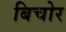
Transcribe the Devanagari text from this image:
बिचोर